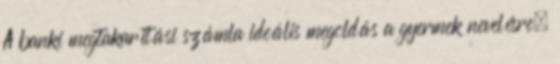
A banki megtakarítási számla ideális megoldás a gyermek nevelésre.